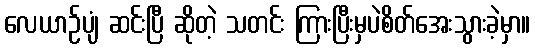
လေယာဉ်ပျံ ဆင်းပြီ ဆိုတဲ့ သတင်း ကြားပြီးမှပဲစိတ်အေးသွားခဲ့မှာ။